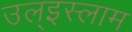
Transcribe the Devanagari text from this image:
उल्‌इस्लाम